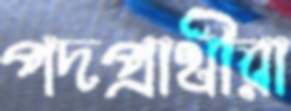
পদপ্রার্থীরা